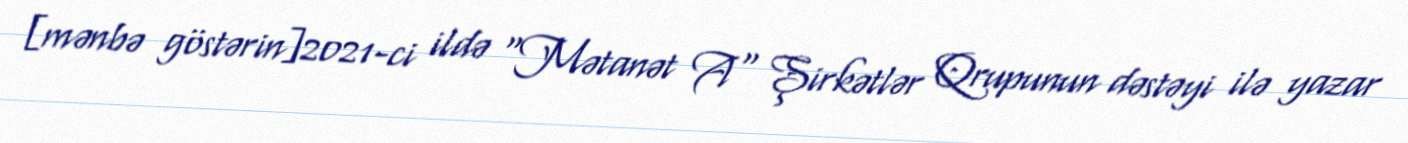
[mənbə göstərin]2021-ci ildə "Mətanət A" Şirkətlər Qrupunun dəstəyi ilə yazar